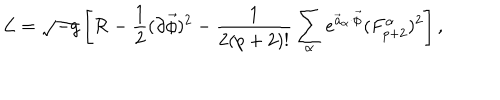
{ \cal L } = \sqrt { - g } \left[ { \cal R } - { \frac { 1 } { 2 } } ( \partial \vec { \phi } ) ^ { 2 } - { \frac { 1 } { 2 ( p + 2 ) ! } } \sum _ { \alpha } e ^ { \vec { a } _ { \alpha } \cdot \vec { \phi } } ( F _ { p + 2 } ^ { \alpha } ) ^ { 2 } \right] ,